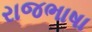
રાજભાષા